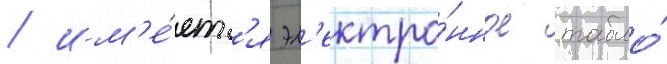
/ им'е́етс'я эл'ектро́нное табло́